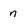
Character: n